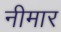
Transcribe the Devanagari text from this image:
नीमार